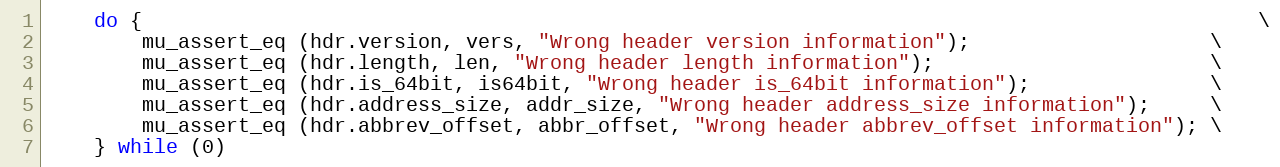
Language: C
	do {                                                                                             \
		mu_assert_eq (hdr.version, vers, "Wrong header version information");                    \
		mu_assert_eq (hdr.length, len, "Wrong header length information");                       \
		mu_assert_eq (hdr.is_64bit, is64bit, "Wrong header is_64bit information");               \
		mu_assert_eq (hdr.address_size, addr_size, "Wrong header address_size information");     \
		mu_assert_eq (hdr.abbrev_offset, abbr_offset, "Wrong header abbrev_offset information"); \
	} while (0)